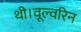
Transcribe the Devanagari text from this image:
थी।वूल्वरिन